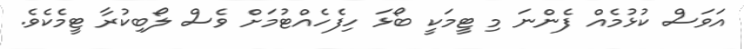
އަވަސް ކުޅުމެއް ފެންނަ މި ޓީމަކީ ބޯޅަ ހިފެހެއްޓުމަށް ވެސް ލޯބިކުރާ ޓީމެކެވެ.